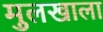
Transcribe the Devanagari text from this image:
मुलखाला